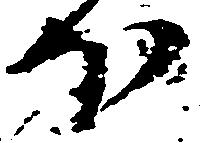
ほ